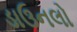
ડાઉનલો